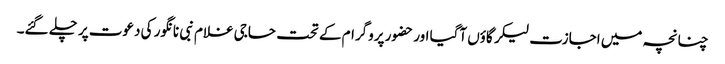
چنانچہ میں اجازت لیکر گاؤں آگیا اور حضور پروگرام کے تحت حاجی غلام نبی نانگور کی دعوت پر چلے گئے۔